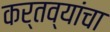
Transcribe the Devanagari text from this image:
कर्तव्यांचा